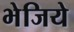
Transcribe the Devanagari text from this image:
भेजिये